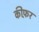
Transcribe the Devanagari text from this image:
कीफ़र